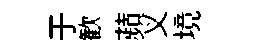
于歓蘋义境